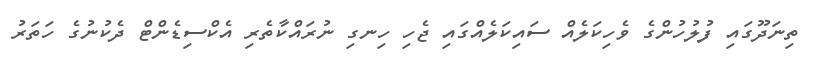
ތިނަދޫގައި ފުލުހުންގެ ވެހިކަލެއް ސައިކަލެއްގައި ޖެހި ހިނގި ނުރައްކާތެރި އެކްސިޑެންޓް ދެކުނުގެ ހަތަރު